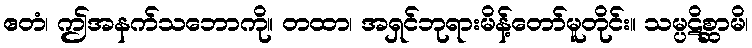
ဧတံ၊ ဤအနက်သဘောကို။ တထာ၊ အရှင်ဘုရားမိန့်တော်မူတိုင်း။ သမ္ပဋိစ္ဆာမိ၊